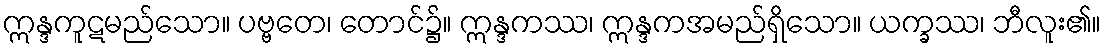
ဣန္ဒကူဋမည်သော။ ပဗ္ဗတေ၊ တောင်၌။ ဣန္ဒကဿ၊ ဣန္ဒကအမည်ရှိသော။ ယက္ခဿ၊ ဘီလူး၏။